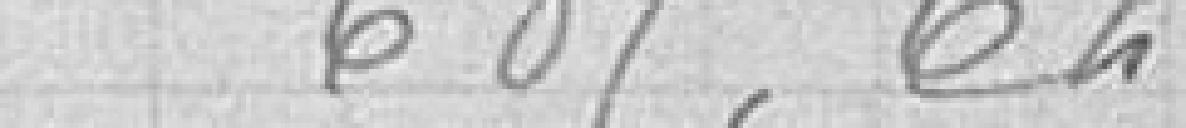
685,62